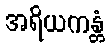
အရိယကန္တံ